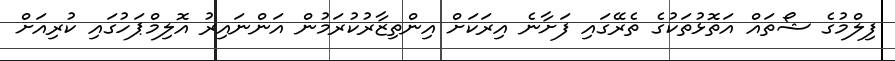
ފިލްމުގެ ޝޯތައް އަތޮޅުތަކުގެ ތެރޭގައި ފަށާނެ އިރަކަަށް އިންތިޒާރުކުރަމުން އަންނައިރު އޮލިމްޕަހުގައި ކުރިއަށް